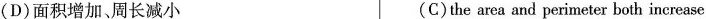
(D)面积增加、周长减小 (C)the area and perimeter both increase